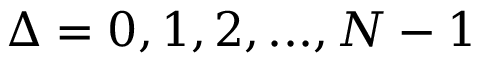
\Delta = 0 , 1 , 2 , . . . , N - 1